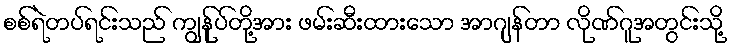
စစ်ရဲတပ်ရင်းသည် ကျွန်ုပ်တို့အား ဖမ်းဆီးထားသော အာဂျန်တာ လိုဏ်ဂူအတွင်းသို့